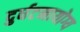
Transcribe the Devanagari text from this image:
दुर्घटनायोग्य